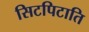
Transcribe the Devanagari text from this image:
सिटपिटाति